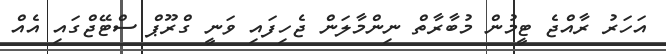
އަހަރު ރާއްޖެ ޓީމުން މުބާރާތް ނިންމާލަން ޖެހިފައި ވަނީ ގްރޫޕް ސްޓޭޖްގައި އެއް